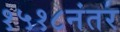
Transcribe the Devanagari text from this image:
१५१८नंतर